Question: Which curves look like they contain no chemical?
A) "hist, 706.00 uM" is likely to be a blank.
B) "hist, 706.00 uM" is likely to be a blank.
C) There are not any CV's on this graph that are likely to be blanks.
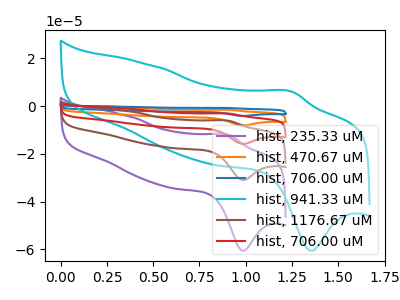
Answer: <think>The purple curve "hist, 235.33 uM" has an anodic peak at (0.90V, -12.10uA) and a cathodic peak at (1.00V, -60.60uA). The orange curve "hist, 470.67 uM" has an anodic peak at (0.90V, -18.60uA) and a cathodic peak at (1.00V, -93.00uA). The blue curve "hist, 706.00 uM" has an anodic peak at (0.90V, -24.80uA) and a cathodic peak at (1.00V, -123.95uA). The cyan curve "hist, 941.33 uM" has an anodic peak at (1.25V, 6.00uA) and a cathodic peak at (1.35V, -60.60uA). The brown curve "hist, 1176.67 uM" has an anodic peak at (0.90V, -6.20uA) and a cathodic peak at (1.00V, -31.00uA). The red curve "hist, 706.00 uM" has an anodic peak at (0.90V, -12.40uA) and a cathodic peak at (1.00V, -62.00uA).</think>
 <answer>C) There are not any CV's on this graph that are likely to be blanks.</answer>
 <eval>C</eval>